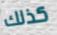
كذلك